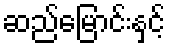
ဆည်မြောင်းနှင့်